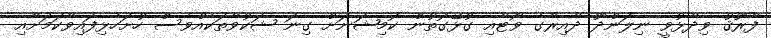
ފާރޫޤު ވިދާޅުވީ ނިލަންދޫ ދާއިރާގެ ވޯޓާއި ގުޅޭގޮތުން ކޮމިޝަނަށް ގިނަ ޝަކުވާތަކެއްވެސް ހުށަހެޅިފައިވާކަމަށާއި